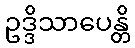
ဥဒ္ဒိသာပေန္တိ